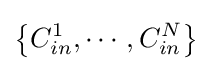
\left\{C_{in}^{1},\cdots ,C_{in}^{N}\right\}